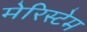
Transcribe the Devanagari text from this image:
मेरिस्टेम